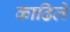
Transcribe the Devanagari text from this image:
काढिले